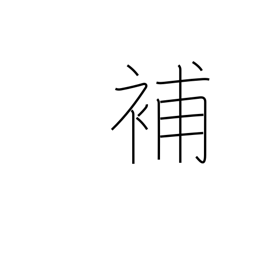
Meaning: supplement